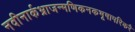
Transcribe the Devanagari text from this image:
नवीनार्कभ्राजन्मणिकनकभूषापरिकरै